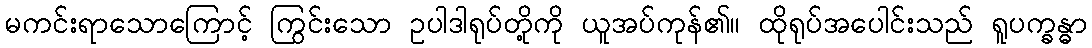
မကင်းရာသောကြောင့် ကြွင်းသော ဥပါဒါရုပ်တို့ကို ယူအပ်ကုန်၏။ ထိုရုပ်အပေါင်းသည် ရူပက္ခန္ဓာ